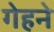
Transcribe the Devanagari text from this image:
गेहने